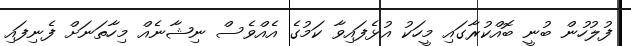
ފުލުހުން ބުނީ ބޮއްކުރާގައި މީހަކު އުޅެފައިވާ ކަމުގެ އެއްވެސް ނިޝާނެއް މިހާތަނަށް ފެނިފައި